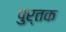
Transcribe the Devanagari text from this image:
पुर्तक